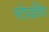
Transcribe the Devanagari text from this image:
स्टेवर्डशिप